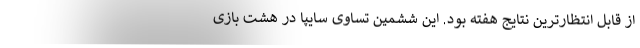
از قابل انتظارترین نتایج هفته بود. این ششمین تساوی سایپا در هشت بازی